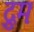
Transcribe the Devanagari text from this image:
द्रुमः